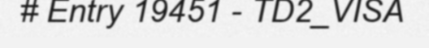
# Entry 19451 - TD2_VISA